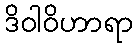
ဒိဝါဝိဟာရာ